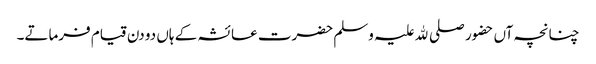
چنانچہ آں حضور صلی ﷲ علیہ وسلم حضرت عائشہ کے ہاں دو دن قیام فرماتے۔